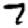
Digit: 7